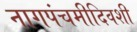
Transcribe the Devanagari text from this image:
नागपंचमीदिवशी